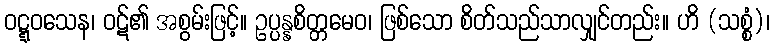
ဝဋ္ဋဝသေန၊ ဝဋ်၏ အစွမ်းဖြင့်။ ဥပ္ပန္နစိတ္တမေဝ၊ ဖြစ်သော စိတ်သည်သာလျှင်တည်း။ ဟိ (သစ္စံ)၊